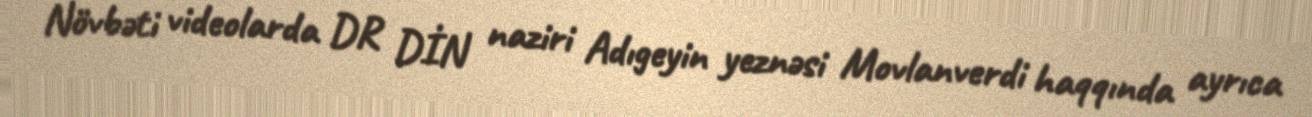
Növbəti videolarda DR DİN naziri Adıgeyin yeznəsi Movlanverdi haqqında ayrıca